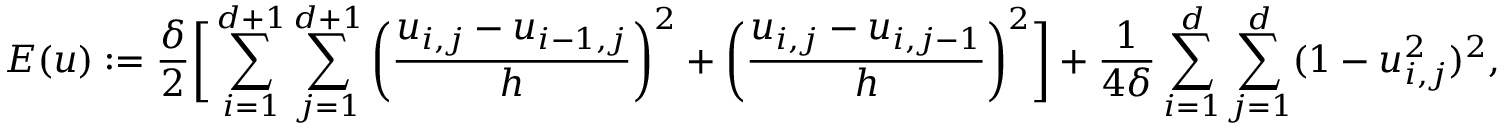
E ( \boldsymbol { u } ) : = \frac { \delta } { 2 } \bigg [ \sum _ { i = 1 } ^ { d + 1 } \sum _ { j = 1 } ^ { d + 1 } \bigg ( \frac { u _ { i , j } - u _ { i - 1 , j } } { h } \bigg ) ^ { 2 } + \bigg ( \frac { u _ { i , j } - u _ { i , j - 1 } } { h } \bigg ) ^ { 2 } \bigg ] + \frac { 1 } { 4 \delta } \sum _ { i = 1 } ^ { d } \sum _ { j = 1 } ^ { d } ( 1 - u _ { i , j } ^ { 2 } ) ^ { 2 } ,